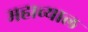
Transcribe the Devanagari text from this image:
महाव्याल